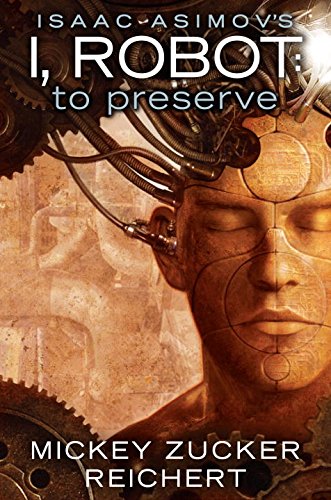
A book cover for Isaac Asimov's I, Robot: To Preserve; Mickey Zucker Reichert; Science Fiction & Fantasy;